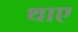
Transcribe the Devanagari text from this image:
थाए